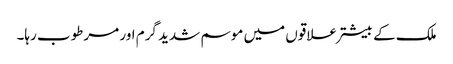
ملک کے بیشتر علاقوں میں موسم شدید گرم اور مرطوب رہا۔